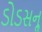
ડોડસનૢ